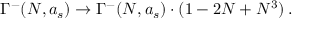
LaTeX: \Gamma ^ { - } ( N , a _ { s } ) \rightarrow \Gamma ^ { - } ( N , a _ { s } ) \cdot ( 1 - 2 N + N ^ { 3 } ) \: .